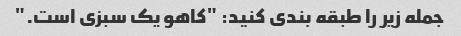
جمله زیر را طبقه بندی کنید: "کاهو یک سبزی است."